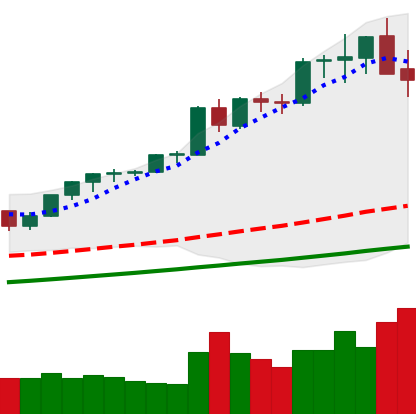
Ticker: ETH-USD
Chart end date: 2021-05-13
Forward return: -9.019%
Label: down_7plus